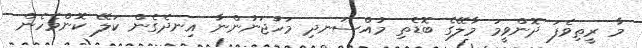
މާ ރީތިވެފަ ދޮންވީމަ މާލޭގެ ބޮޑެތި މުއްސަނދި މަހުޖަނުންނާ އިނދެގެން ކަލޭ ކޮންމެހެން